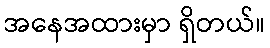
အနေအထားမှာ ရှိတယ်။